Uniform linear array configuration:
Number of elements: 64
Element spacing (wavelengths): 0.25
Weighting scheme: hann
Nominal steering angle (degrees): -15
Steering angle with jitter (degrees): -15.106
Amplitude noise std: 0.05
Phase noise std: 0.05

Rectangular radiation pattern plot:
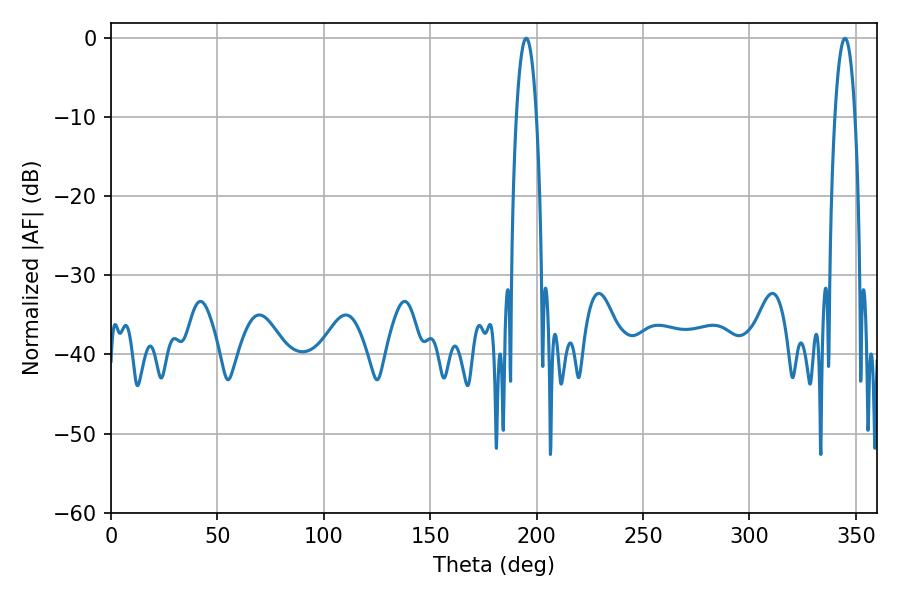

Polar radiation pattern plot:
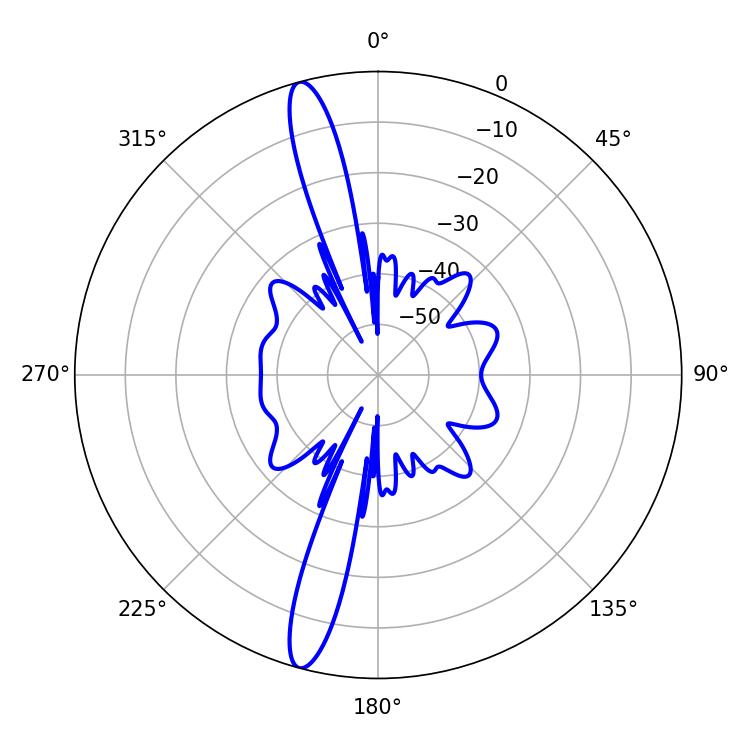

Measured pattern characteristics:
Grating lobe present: FALSE
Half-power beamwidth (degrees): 5.4
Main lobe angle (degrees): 195.12